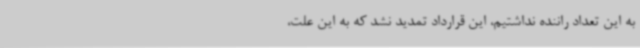
به این تعداد راننده نداشتیم، این قرارداد تمدید نشد که به این علت،